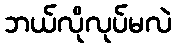
ဘယ်လိုလုပ်မလဲ